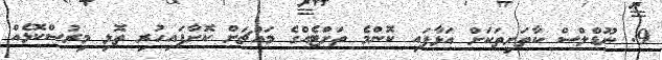
9. ނޫޑްލްސް ކާތަށިތަކަށް އަޅާފައި ކޮންމެ ތަށްޓެއްގެ މައްޗަށް ކޮށާފައިހުރި ތޮޅި މިރުސްކޮޅެއް